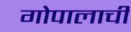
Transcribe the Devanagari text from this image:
गोपालाची